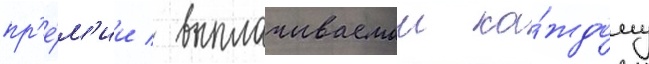
пр'е́м'ии / выплачиваемои ка́ждому